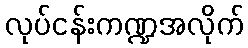
လုပ်ငန်းကဏ္ဍအလိုက်